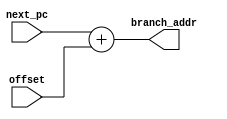
`timescale 1ns / 1ps

module branch_adder #(

    parameter   MSB     =   32
)
(
    input   wire    [MSB-1:0]   next_pc         ,   //  Entrada desde el incrementador
    input   wire    [MSB-1:0]   offset          ,   //  Entrada desde el incrementador
    output  wire    [MSB-1:0]   branch_addr         //  Salida
);

    assign branch_addr  =   next_pc + offset    ;   //  La direccion
    
endmodule